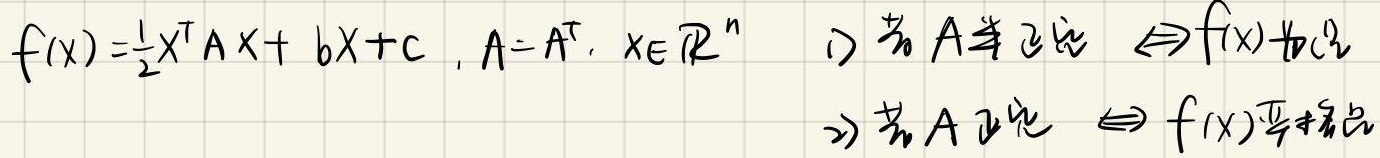
\[
f(x)=\frac{1}{2}x^{T}Ax + bx + c, A = A^{T}, x\in\mathbb{R}^{n} \quad
\begin{cases}
1) \text{若} A \text{半正定} \Leftrightarrow f(x) \text{为凸} \\
2) \text{若} A \text{正定} \Leftrightarrow f(x) \text{严格凸}
\end{cases}
\]